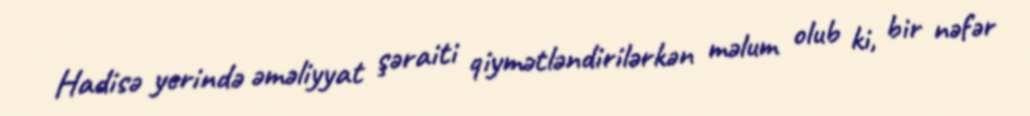
Hadisə yerində əməliyyat şəraiti qiymətləndirilərkən məlum olub ki, bir nəfər